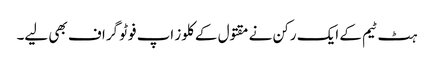
ہٹ ٹیم کے ایک رکن نے مقتول کے کلوز اپ فوٹو گراف بھی لیے۔